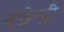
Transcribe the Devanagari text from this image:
बछेन्द्री